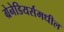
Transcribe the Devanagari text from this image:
ग्रेनेडियर्समधील